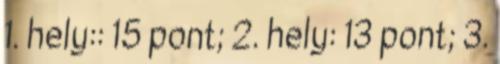
1. hely:: 15 pont; 2. hely: 13 pont; 3.